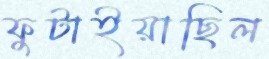
ফুটাইয়াছিল